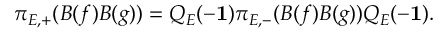
\pi _ { E , + } ( B ( f ) B ( g ) ) = Q _ { E } ( - { \bf 1 } ) \pi _ { E , - } ( B ( f ) B ( g ) ) Q _ { E } ( - { \bf 1 } ) .